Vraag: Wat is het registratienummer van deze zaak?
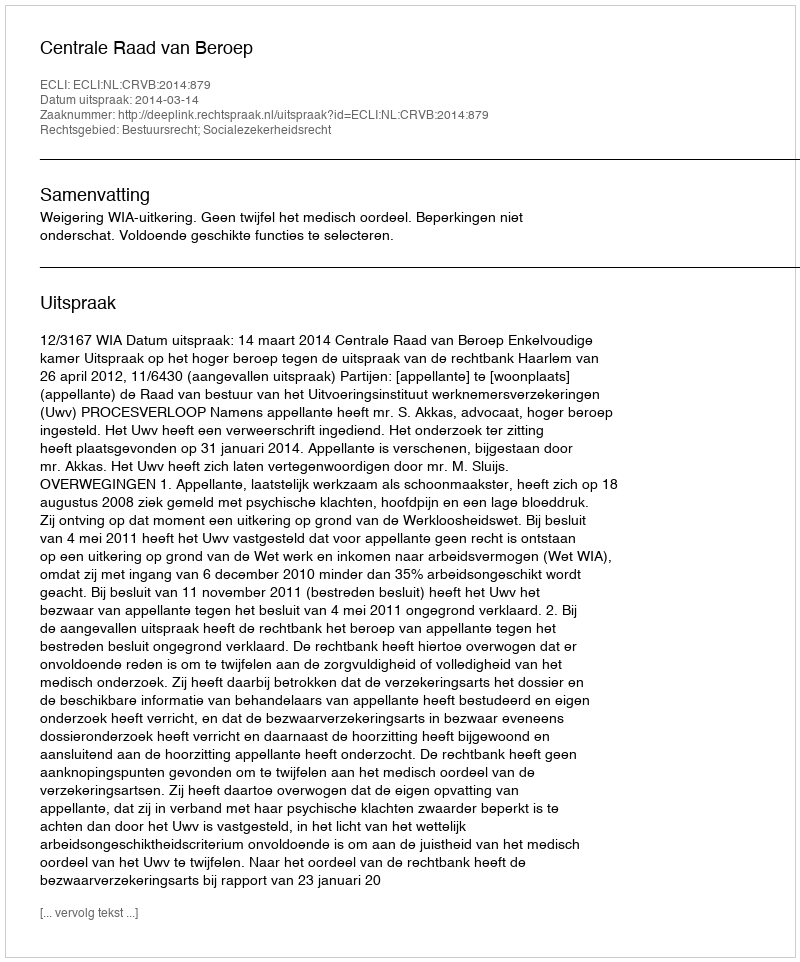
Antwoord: http://deeplink.rechtspraak.nl/uitspraak?id=ECLI:NL:CRVB:2014:879